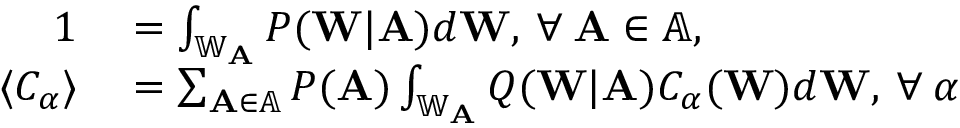
\begin{array} { r l } { 1 } & { { } = \int _ { \mathbb { W } _ { \mathbf { A } } } P ( \mathbf { W } | \mathbf { A } ) d \mathbf { W } , \: \forall \: \mathbf { A } \in \mathbb { A } , } \\ { \langle C _ { \alpha } \rangle } & { { } = \sum _ { \mathbf { A } \in \mathbb { A } } P ( \mathbf { A } ) \int _ { \mathbb { W } _ { \mathbf { A } } } Q ( \mathbf { W } | \mathbf { A } ) C _ { \alpha } ( \mathbf { W } ) d \mathbf { W } , \: \forall \: \alpha } \end{array}